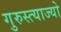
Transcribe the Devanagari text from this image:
गुरुस्त्याज्यो